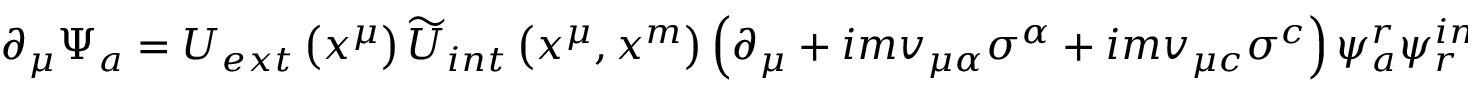
\partial _ { \mu } \Psi _ { a } = U _ { e x t } \left( x ^ { \mu } \right) \widetilde { U } _ { i n t } \left( x ^ { \mu } , x ^ { m } \right) \left( \partial _ { \mu } + i m v _ { \mu \alpha } \sigma ^ { \alpha } + i m v _ { \mu c } \sigma ^ { c } \right) \psi _ { a } ^ { r } \psi _ { r } ^ { i n t }